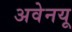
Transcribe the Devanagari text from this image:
अवेनयू